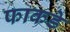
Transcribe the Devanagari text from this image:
फाकडे